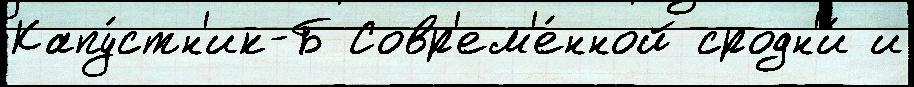
Капу́стн'ик-Б Совр'ем'е́нной сродн'и́ и